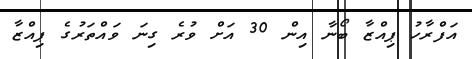
އަފްރާހު ޕިއްޒާ ބޯނާ އިން 30 އަށް ވުރެ ގިނަ ވައްތަރުގެ ޕިއްޒާ